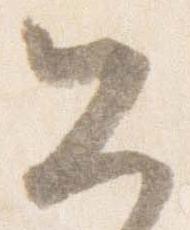
公